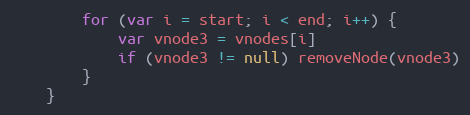
Language: JavaScript
		for (var i = start; i < end; i++) {
			var vnode3 = vnodes[i]
			if (vnode3 != null) removeNode(vnode3)
		}
	}